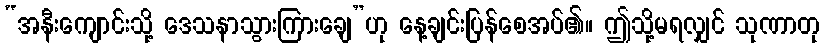
“အနီးကျောင်းသို့ ဒေသနာသွားကြားချေ”ဟု နေ့ချင်းပြန်စေအပ်၏။ ဤသို့မရလျှင် သုဏာတု